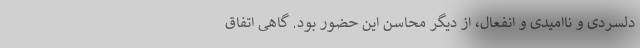
دلسردی و ناامیدی و انفعال، از دیگر محاسن این حضور بود. گاهی اتفاق